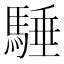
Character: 䮔